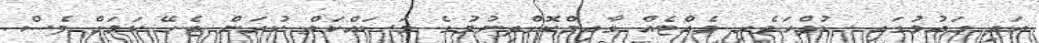
އަދި ގައުމުގައި ސުލްހަވެރި ވެއްޓެއް ގާއިމްކޮށްދިނުމުގެ މަސައްކަތް ކުރަން ޖެހޭ ކަމަށް ވެސް